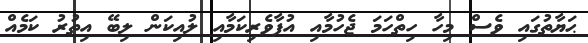
ޙަޔާތުގައި ވެސް މިހާ ހިތްހަމަ ޖެހުމާއި އުފާވެރިކަމާއި ލުއިކަން ލިބޭ އިތުރު ކަމެއް